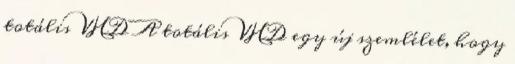
totális VHD A totális VHD egy új szemlélet, hogy